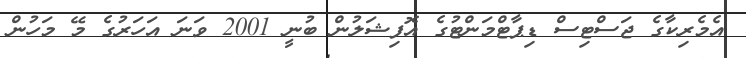
އެމެރިކާގެ ޖަސްޓިސް ޑިޕާޓްމަންޓުގެ އޮފިޝަލުން ބުނީ 2001 ވަނަ އަހަރުގެ މޭ މަހުން